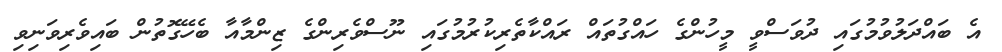
އެ ބައްދަލުވުމުގައި ދުވަސްވީ މީހުންގެ ހައްގުތައް ރައްކާތެރިކުރުމުގައި ނޫސްވެރިންގެ ޒިންމާއާ ބެހޭގޮތުން ބައިވެރިވަނިވި